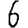
Digit: 6